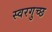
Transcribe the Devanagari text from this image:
स्वरगुच्छ